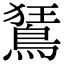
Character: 鵟